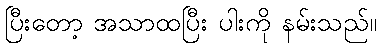
ပြီးတော့ အသာထပြီး ပါးကို နမ်းသည်။